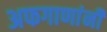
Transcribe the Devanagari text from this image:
अफगाणांनी